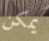
يمكن